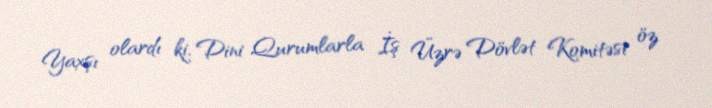
Yaxşı olardı ki, Dini Qurumlarla İş Üzrə Dövlət Komitəsi öz